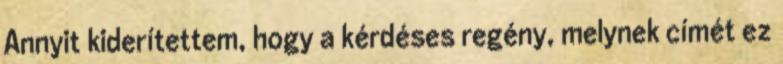
Annyit kiderítettem, hogy a kérdéses regény, melynek címét ez